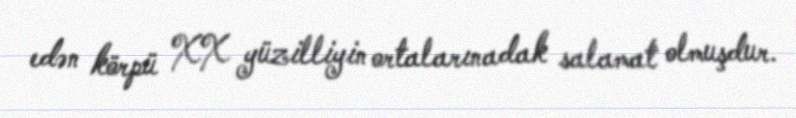
edən körpü XX yüzilliyin ortalarınadak salamat olmuşdur.